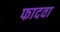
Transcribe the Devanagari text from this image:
फादवा